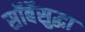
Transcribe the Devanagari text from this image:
सॉर्बेसुद्धा